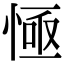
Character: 㥛